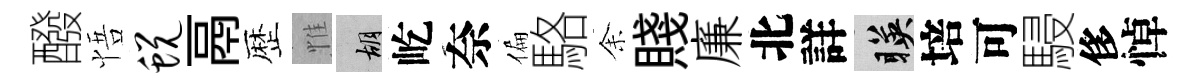
醱悟蜕鬲歴惟胡屹奈偏駱𪜬賤廉北詳暎培可駸侈悼